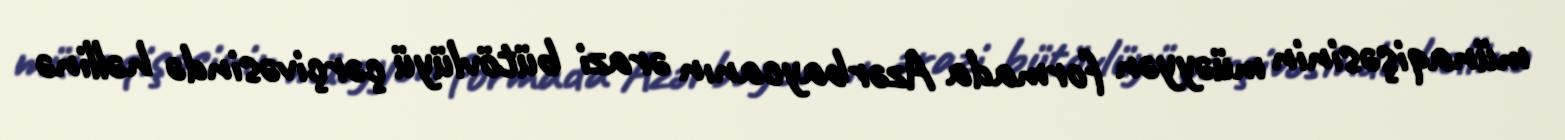
münaqişəsinin müəyyən formada Azərbaycanın ərazi bütövlüyü çərçivəsində həllinə